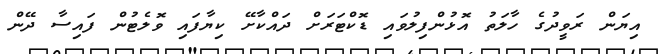
އިޔަން ރަވީދުގެ ހާލަތު އޮޅުންފިލުވައި ޑޮކްޓަރަށް ދައްކާށޭ ކިޔާފައި ވޮލެޓުން ފައިސާ ދޭން